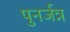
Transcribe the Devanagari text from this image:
पुनर्जन्न